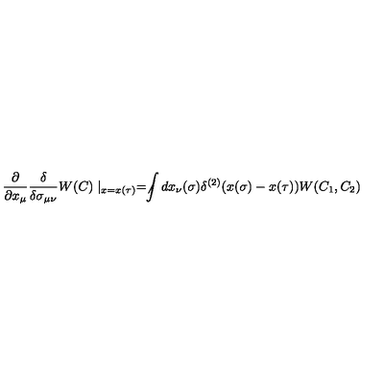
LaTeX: \frac { \partial } { \partial x _ { \mu } } \frac { \delta } { \delta \sigma _ { \mu \nu } } W ( C ) \mid _ { x = x ( \tau ) } = \not \! \! \int d x _ { \nu } ( \sigma ) \delta ^ { ( 2 ) } ( x ( \sigma ) - x ( \tau ) ) W ( C _ { 1 } , C _ { 2 } )